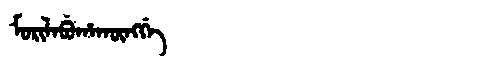
Manchu: ᠮᠣᡵᡳᠯᠠᠪᡠᡥᠠᡴᡡᠩᡤᡝ
Romanization: MORILABUHAKŪNGGE